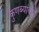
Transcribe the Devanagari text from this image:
कुणब्यांकडे